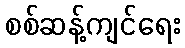
စစ်ဆန့်ကျင်ရေး